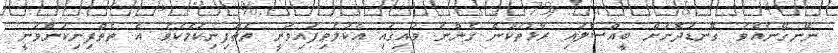
ނޭނގޭނެއެވެ. ގޮނޑުދޮށަށް ބީއްސާލައި ރާޅުތަކުން ގެންނަ ވައިގައި އެކުލެވިފައިވަނީ ތެތްފިނިކަމެކެވެ. އެ ތެތްފިނިކަންވަނީ